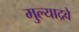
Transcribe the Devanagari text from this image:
मुल्याद्रवे